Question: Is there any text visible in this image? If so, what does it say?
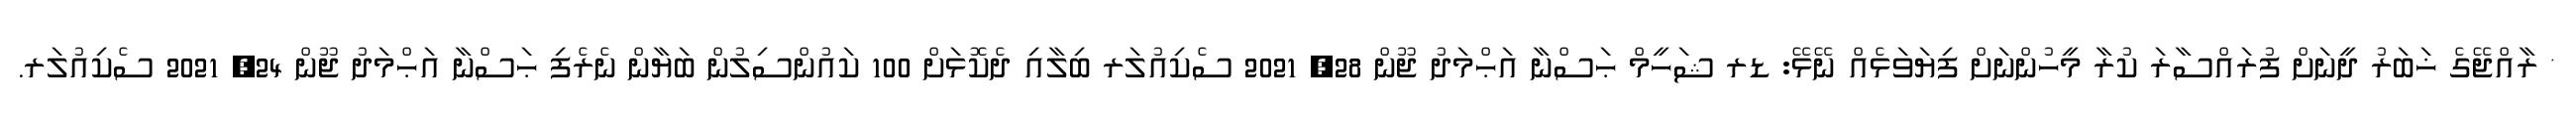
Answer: * ރާއްޖޭގެ ޚަބަރު ދީނަށް ފުރައްސާރަ ކުރާ މީހުންނަށް ފިޔަވަޅެއް ނޭޅޭ: ޑރ ޝަހީމް ޙަސްނާ އަޙްމަދު ޖޫން 28, 2021 ސެކިއުލަރ ބިލާއި ދެކޮޅަށް 100 ކައުންސިލުން ބަޔާން ނެރެފި ޙަސްނާ އަޙްމަދު ޖޫން 24, 2021 ސެކިއުލަރ.